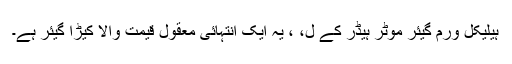
ہیلیکل ورم گیئر موٹر ہیڈر کے ل، ، یہ ایک انتہائی معقول قیمت والا کیڑا گیئر ہے۔